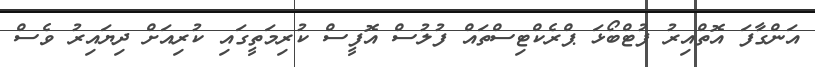
އަންގާފަ އޮތްއިރު ފުޓްބޯޅަ ޕްރެކްޓިސްތައް ފުލުސް އޮފީސް ކުރިމަތީގައި ކުރިއަށް ދިޔައިރު ވެސް